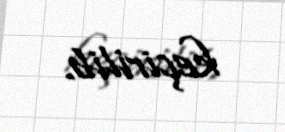
keçirilib.